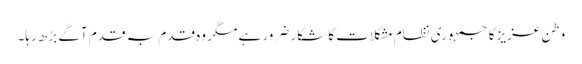
وطن عزیز کا جمہوری نظام مشکلات کا شکار ضرور ہے مگر وہ قدم بہ قدم آگے بڑھ رہا۔